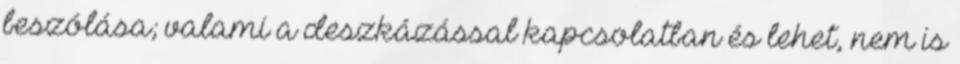
beszólása; valami a deszkázással kapcsolatban és lehet, nem is